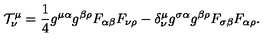
{ \cal T } _ { \nu } ^ { \mu } = \frac { 1 } { 4 } g ^ { \mu \alpha } g ^ { \beta \rho } F _ { \alpha \beta } F _ { \nu \rho } - \delta _ { \nu } ^ { \mu } g ^ { \sigma \alpha } g ^ { \beta \rho } F _ { \sigma \beta } F _ { \alpha \rho } .